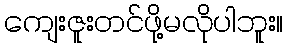
ကျေးဇူးတင်ဖို့မလိုပါဘူး။